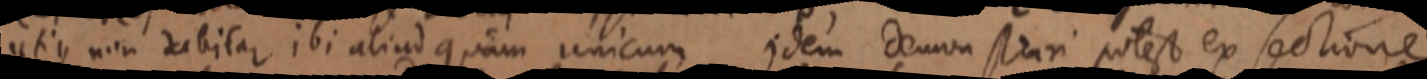
utique non dabitur ibi aliud quam unicum idem demonstrari potest ex sectione